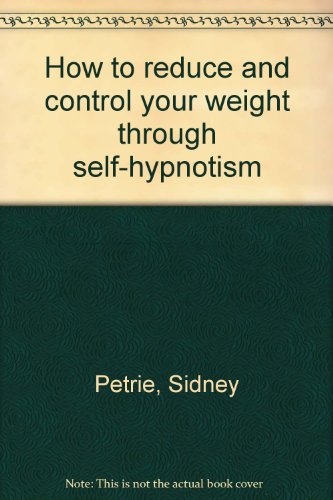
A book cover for How to reduce and control your weight through self-hypnotism; Sidney Petrie; Health, Fitness & Dieting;